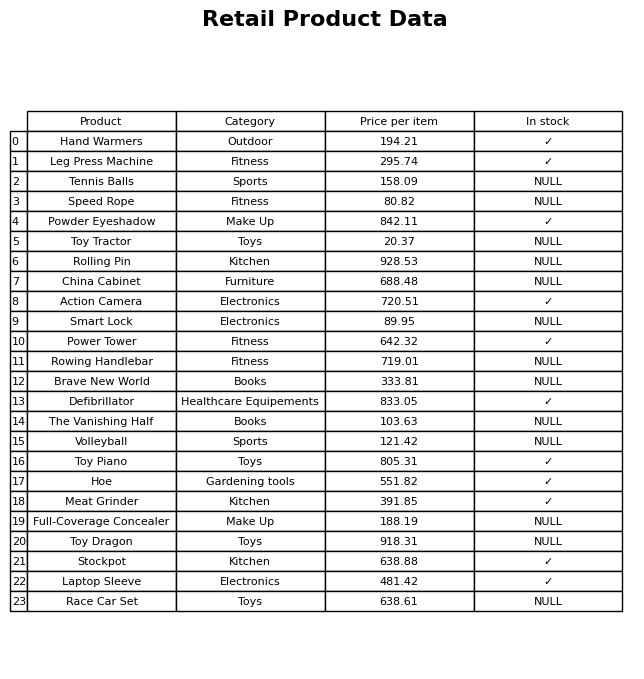
question: What is the price of the Defibrillator?
answer: The price of Defibrillator is 833.05.